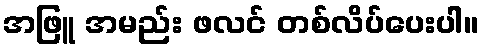
အဖြူ အမည်း ဖလင် တစ်လိပ်ပေးပါ။